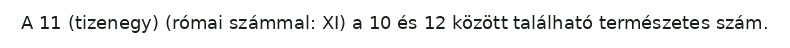
A 11 (tizenegy) (római számmal: XI) a 10 és 12 között található természetes szám.